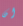
ان